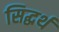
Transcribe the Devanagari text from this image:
सिद्धर्थ